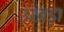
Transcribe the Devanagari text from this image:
उखड़ा